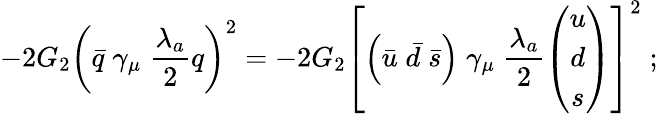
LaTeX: -2G_{2}\left(\bar{q}\; \gamma_{\mu}\; \frac{\lambda_{a}}{2}q\right)^{2}=-2G_{2}\left[\left(\bar{u}\; \bar{d}\; \bar{s}\right)\; \gamma_{\mu}\; \frac{\lambda_{a}}{2}\left(\begin{array}{c}{{u}}\\ {{d}}\\ {{s}}\end{array}\right)\right]^{2}\; ;